Annual report of the Imperial Bacteriologist
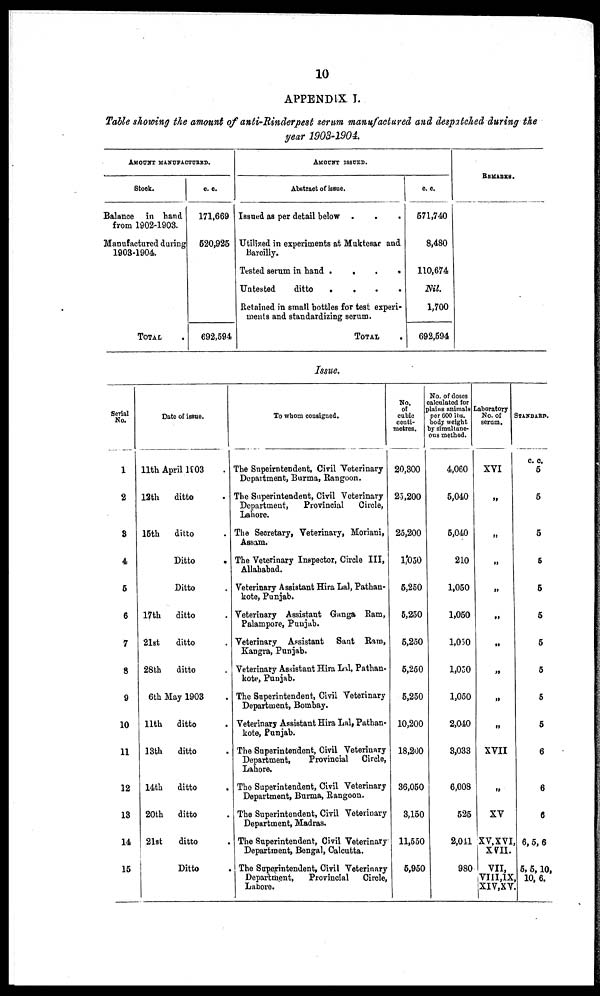
10
APPENDIX I.
Table showing the amount of anti-Rinderpest serum manufactured and despatched during the
year 1903-1904.
AMOUNT MANUFACTURED.
Stock.
Balance in hand
from 1902-1903.
Manufactured during
1903-1904.
TOTAL
c. c.
171,669
520,925
692,594
AMOUNT ISSUED.
Abstract of issue.
Issued as per detail below .
Utilized in experiments at Muktesar and
Bareilly.
Tested serum in hand .
.
.
.
Untested
ditto
.
.
.
.
Retained in small bottles for test experi-
ments and standardizing serum.
TOTAL
c. c.
571,740
8,480
110,674
Nil.
1,700
692,594
REMARKS.
Issue.
Serial
No.
1
2
3
4
5
6
7
8
9
10
11
12
13
14
15
Date of issue.
11th April 1803
12th
15th
17th
21st
28th
ditto .
ditto .
Ditto .
Ditto .
ditto .
ditto .
ditto .
6th May 1903 .
11th
13th
14th
20th
21st
ditto
ditto
ditto
ditto
ditto
Ditto
To whom consigned.
The Supeirntendent, Civil Veterinary
Department, Burma, Rangoon.
The Superintendent, Civil Veterinary
Department,
Provincial
Circle,
Lahore.
The Secretary, Veterinary, Moriani,
Assam.
The Veterinary Inspector, Circle III,
Allahabad.
Veterinary Assistant Hira Lal, Pathan¬
kote, Punjab.
Veterinary Assistant Gunga Ram,
Palampore, Punjab.
Veterinary Assistant Sant Ram,
Kangra, Punjab.
Veterinary Assistant Hira Lal, Pathan¬
kote, Punjab.
The Superintendent, Civil Veterinary
Department, Bombay.
Veterinary Assistant Hira Lal, Pathan¬
kote, Punjab.
The Superintendent, Civil Veterinary
Department,
Provincial Circle,
Lahore.
The Superintendent, Civil Veterinary
Department, Burma, Rangoon.
The Superintendent, Civil Veterinary
Department, Madras.
The Superintendent, Civil Veterinary
Department, Bengal, Calcutta.
The Superintendent, Civil Veterinary
Department,
Provincial Circle,
Lahore.
No.
cubic
centi-
metres.
20,300
25,200
25,200
1,050
5,250
5,250
5,250
5,250
5,250
10,200
18,200
36,050
3,150
11,550
5,950
No. of doses
calculated for
plains animals
per 600 lbs.
body weight
by simultane-
ous method.
4,060
5,040
5,040
210
1,050
1,050
1,050
1,050
1,050
2,040
3,033
6,008
525
2,041
980
Laboratory
No. of
serum.
XVI
„
„
„
„
„
„
„
„
„
XVII
„
XV
XV, XVI,
XVII.
VII,
VIII,IX
XIV,XV.
STANDARD.
c. c.
5
5
5
5
5
5
5
5
5
5
6
6
6
6, 5, 6
5, 5,10,
10, 6.